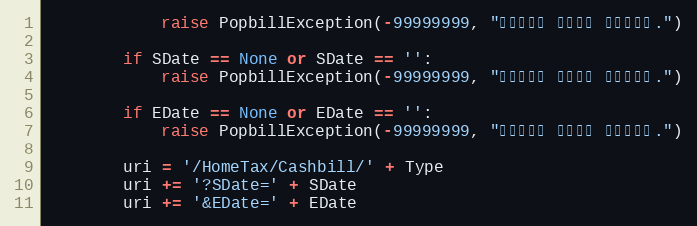
Language: Python
            raise PopbillException(-99999999, "문서형태이 입력되지 않았습니다.")

        if SDate == None or SDate == '':
            raise PopbillException(-99999999, "시작일자가 입력되지 않았습니다.")

        if EDate == None or EDate == '':
            raise PopbillException(-99999999, "종료일자가 입력되지 않았습니다.")

        uri = '/HomeTax/Cashbill/' + Type
        uri += '?SDate=' + SDate
        uri += '&EDate=' + EDate